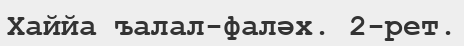
Хаййа ъалал-фаләх. 2-рет.